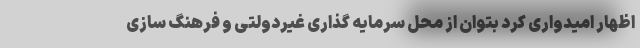
اظهار امیدواری کرد بتوان از محل سرمایه گذاری غیردولتی و فرهنگ سازی